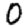
Digit: 0